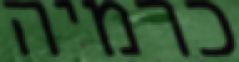
כרמיה